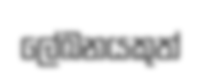
ලේඛනයකුත්